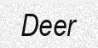
Deer